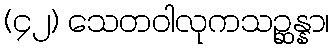
(၄၂) သေတဝါလုကသဉ္ဆန္နာ၊